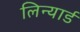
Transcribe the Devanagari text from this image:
लिन्यार्ड